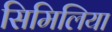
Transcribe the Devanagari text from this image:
सिमिलिया